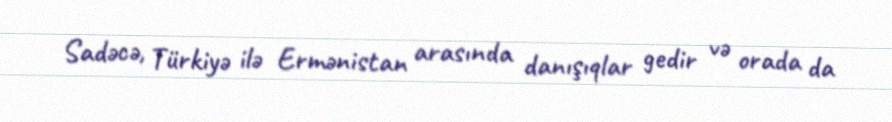
Sadəcə, Türkiyə ilə Ermənistan arasında danışıqlar gedir və orada da